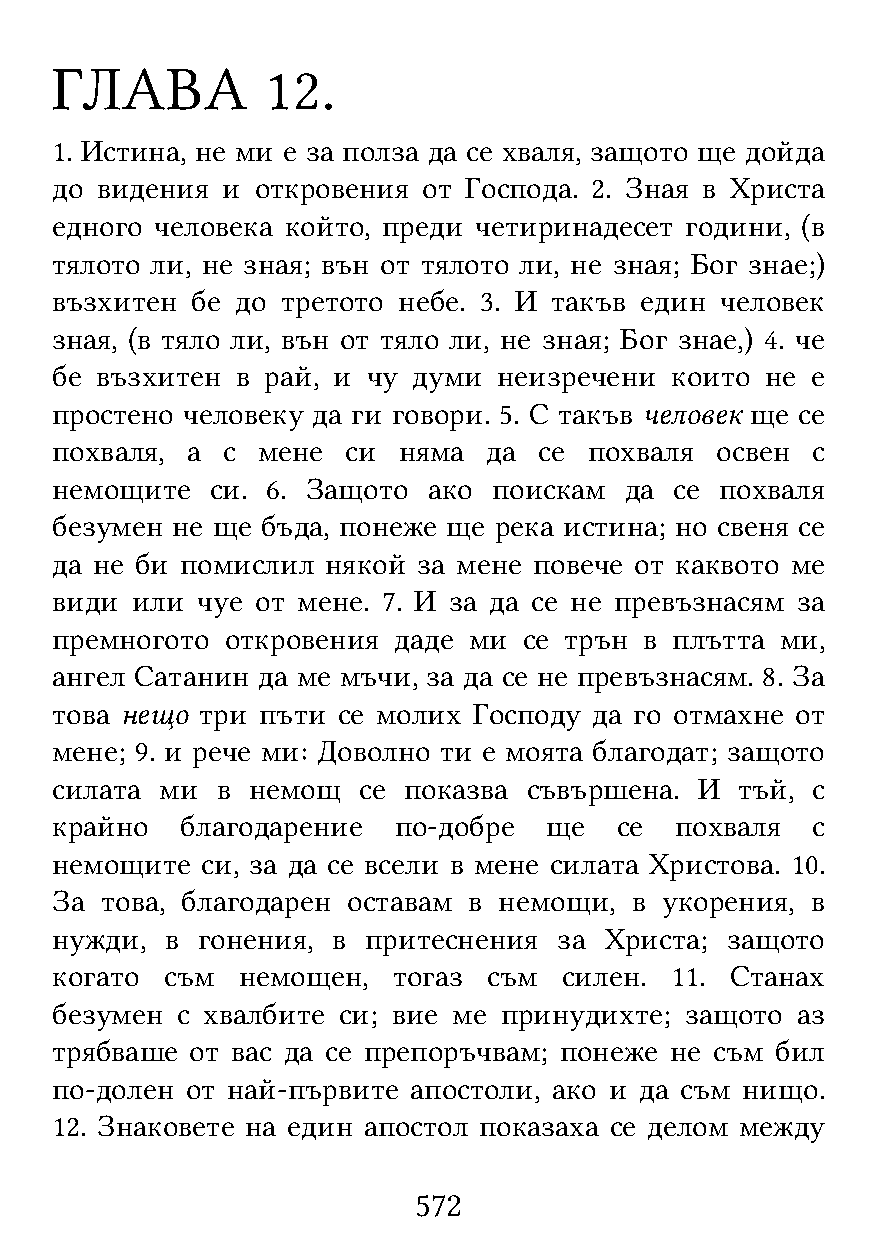
ГЛАВА          12.
 1. Истина, не ми е за полза да се хваля, защото ще дойда
 до видения  и откровения от Господа. 2. Зная в Христа
 едного человека който, преди четиринадесет години, (в
 тялото ли, не зная; вън от тялото ли, не зная; Бог знае;)
 възхитен  бе до третото небе. 3. И такъв един человек
 зная, (в тяло ли, вън от тяло ли, не зная; Бог знае,) 4. че
 бе възхитен  в рай, и чу думи неизречени които  не е
 простено человеку да ги говори. 5. С такъв человек ще се
 похваля, а  с мене  си няма  да  се похваля освен  с
 немощите   си. 6. Защото ако  поискам да  се похваля
 безумен не ще бъда, понеже ще река истина; но свеня се
 да не би помислил  някой за мене повече от каквото ме
 види  или чуе от мене. 7. И за да се не превъзнасям за
 премногото  откровения даде ми  се трън в плътта ми,
 ангел Сатанин да ме мъчи, за да се не превъзнасям. 8. За
 това нещо три пъти се молих Господу да го отмахне от
 мене; 9. и рече ми: Доволно ти е моята благодат; защото
 силата  ми в немощ   се показва съвършена. И  тъй, с
 крайно   благодарение  по-добре  ще   се  похваля  с
 немощите  си, за да се всели в мене силата Христова. 10.
 За  това, благодарен оставам в немощи, в укорения, в
 нужди,  в гонения, в притеснения  за Христа; защото
 когато  съм  немощен,  тогаз съм  силен. 11. Станах
 безумен  с хвалбите си; вие ме принудихте; защото аз
 трябваше  от вас да се препоръчвам; понеже не съм бил
 по-долен от най-първите апостоли, ако и да съм нищо.
 12. Знаковете на един апостол показаха се делом между
 572